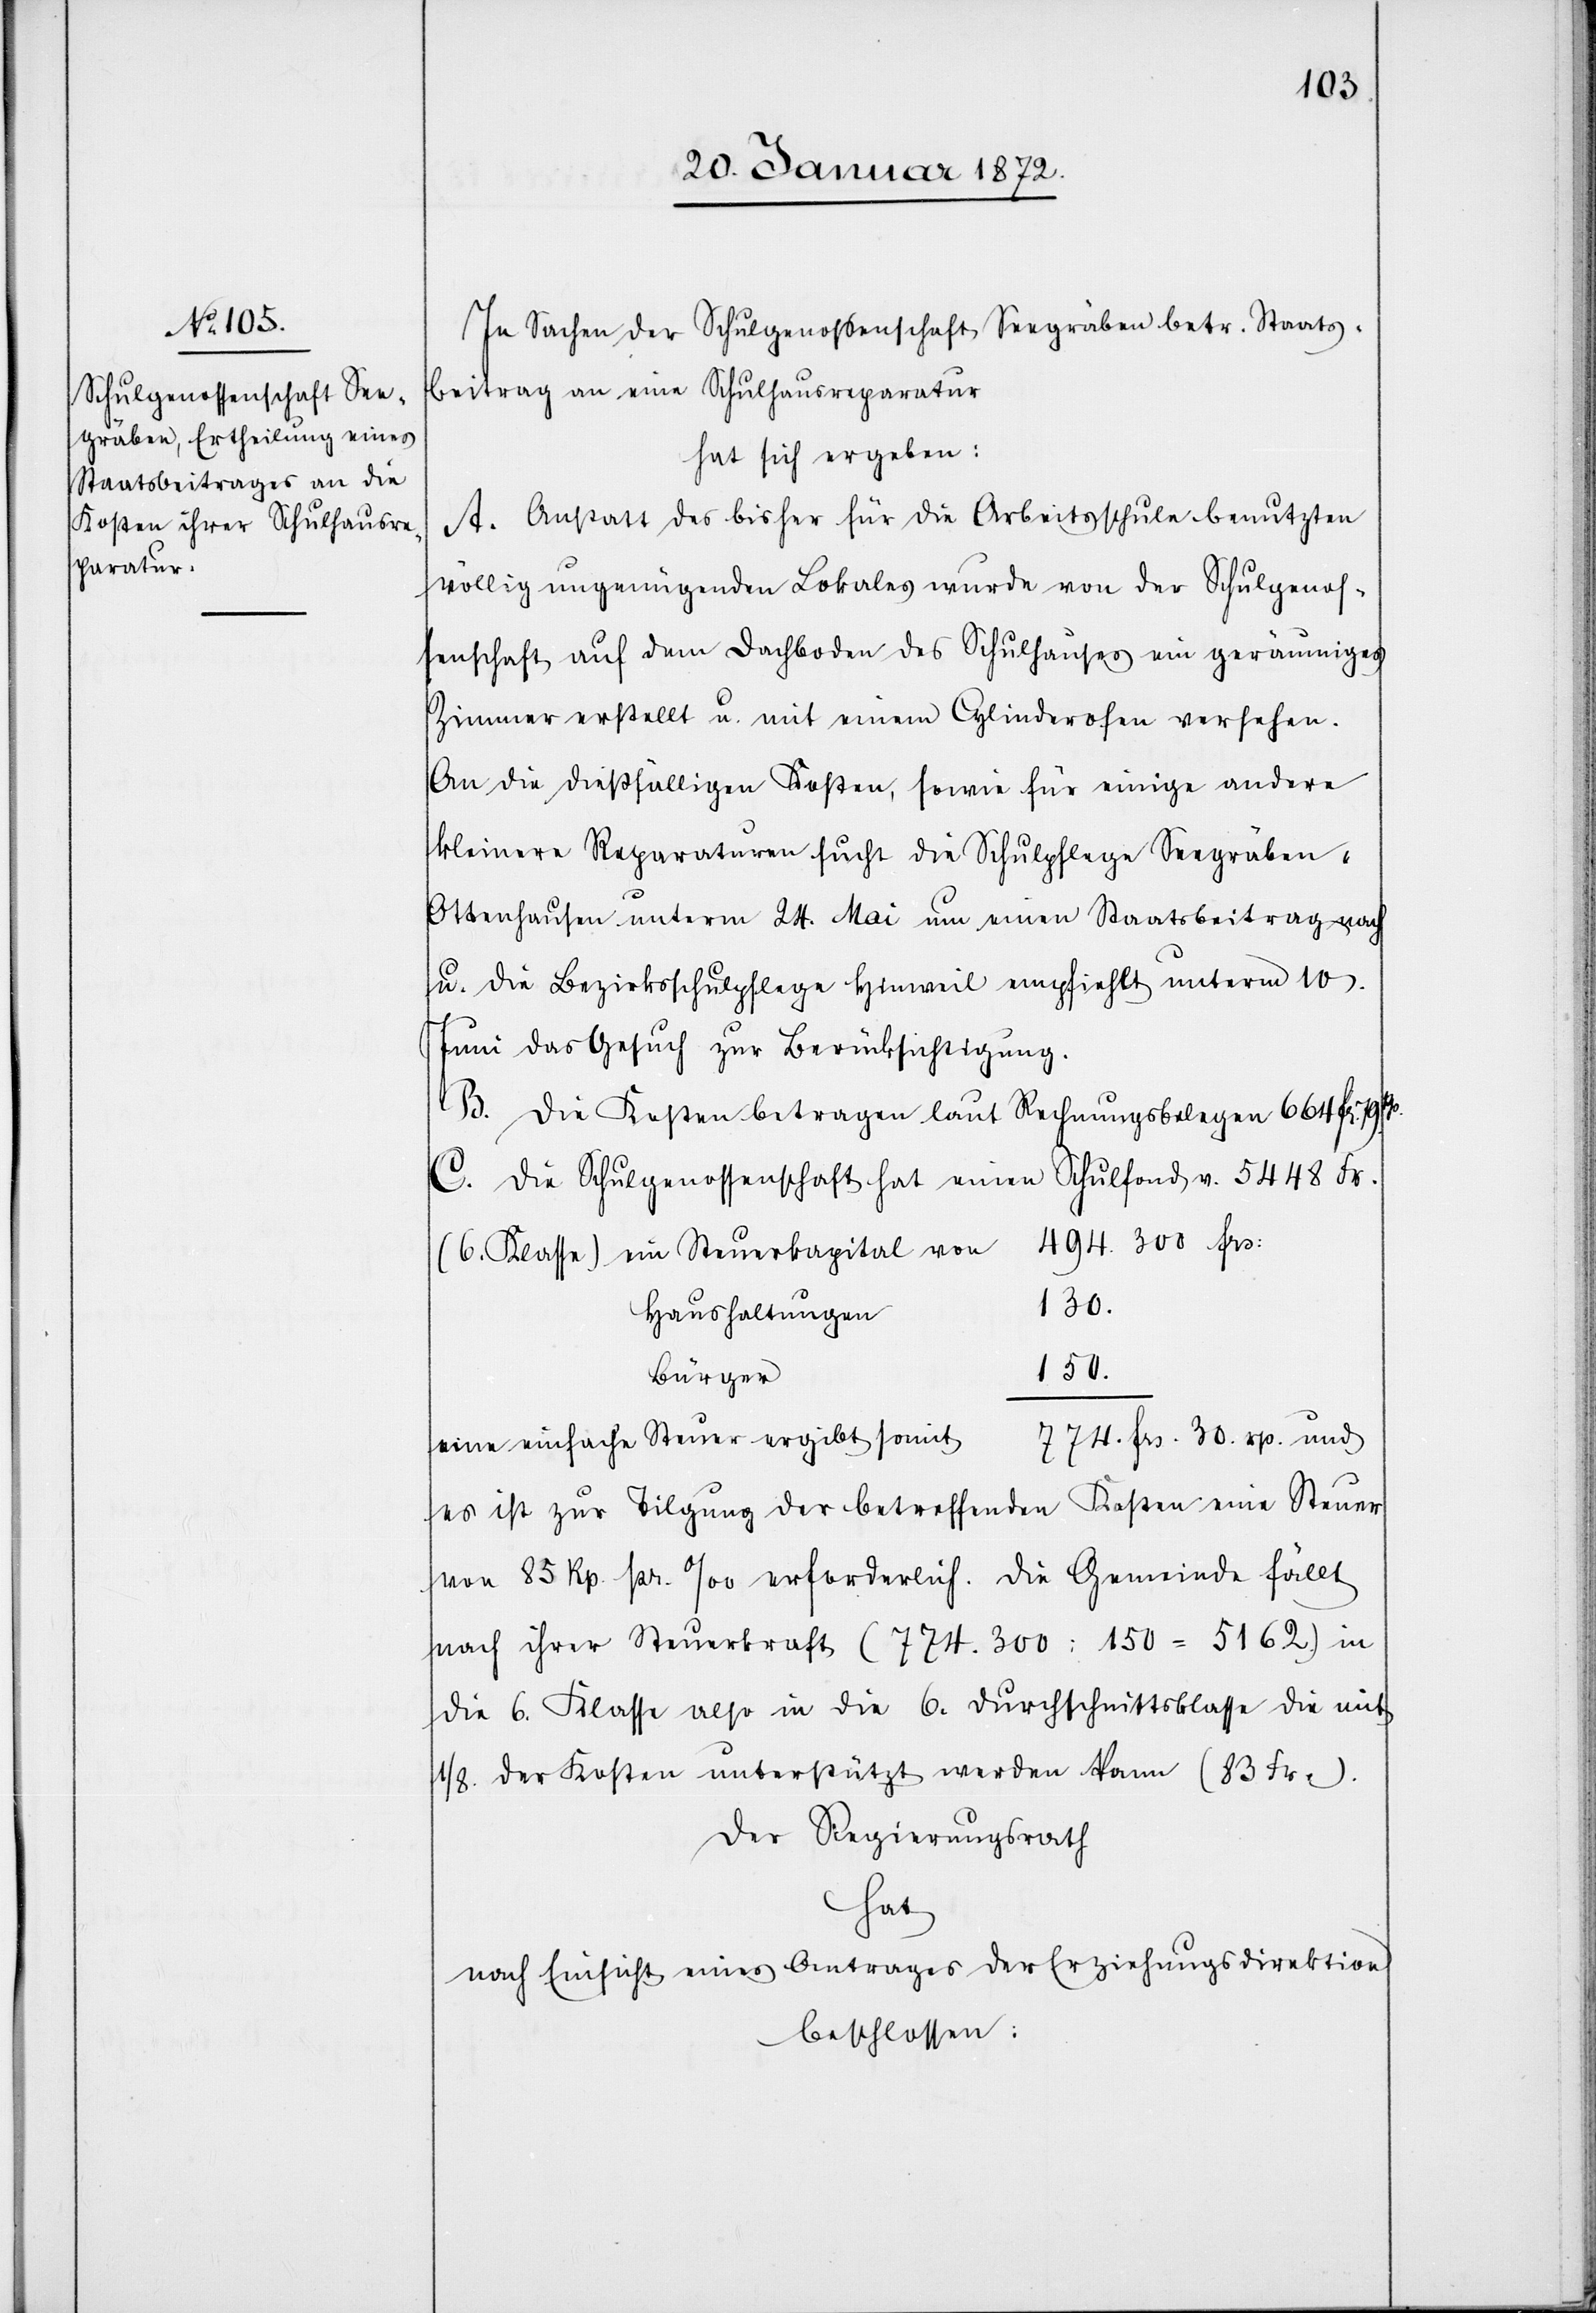
In Sachen der Schulgenossenschaft Seegräben betr. Staats¬
beitrag an eine Schulhausreparatur
hat sich ergeben:
A. Anstatt des bisher für die Arbeitsschule benutzten
völlig ungenügenden Lokales wurde von der Schulgenos¬
senschaft auf dem Dachboden des Schulhauses ein geräumiges
Zimmer erstellt u. mit einem Cylinderofen versehen.
An die dießfälligen Kosten, sowie für einige andere
kleinere Reparaturen sucht die Schulpflege Seegräben-O¬
ttenhausen unterm 24. Mai um einen Staatsbeitrag nach
u. die Bezirksschulpflege Hinweil empfiehlt unterm 10.
Juni das Gesuch zur Berücksichtigung.
B. Die Kosten betragen laut Rechnungsbelegen 664 fr. 79.Rp.
C. Die Schulgenossenschaft hat einen Schulfond v. 5448 Fr.
494.300 frs:
Haushaltungen
150.
Bürger
774. frs. 30. rp. und
eine einfache Steuer ergibt somit
es ist zur Tilgung der betreffenden Kosten eine Steuer
von 85 Rp. pr. ‰ erforderlich. Die Gemeinde fällt
nach ihrer Steuerkraft (774.300 : 150 = 5162.) in
die 6. Klasse also in die 6. Durchschnittsklasse die mit
1/8. der Kosten unterstützt werden kann (83 Fr.).
Der Regierungsrath
hat
nach Einsicht eines Antrages der Erziehungsdirektion
beschlossen: